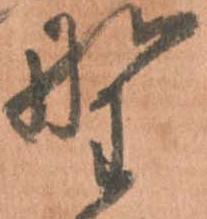
野